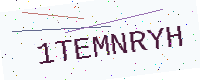
Text: 1TEMNRYH